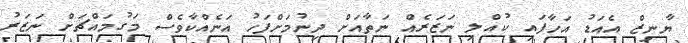
ޔާނިޒް އެއަޑު އަހާފައި ކުއްލި ނަޒަރެއް ނަތާއަށް ދިނުމަށްފަހު އަނެއްކާވެސް މަގުމައްޗަށް ނަޒަރު